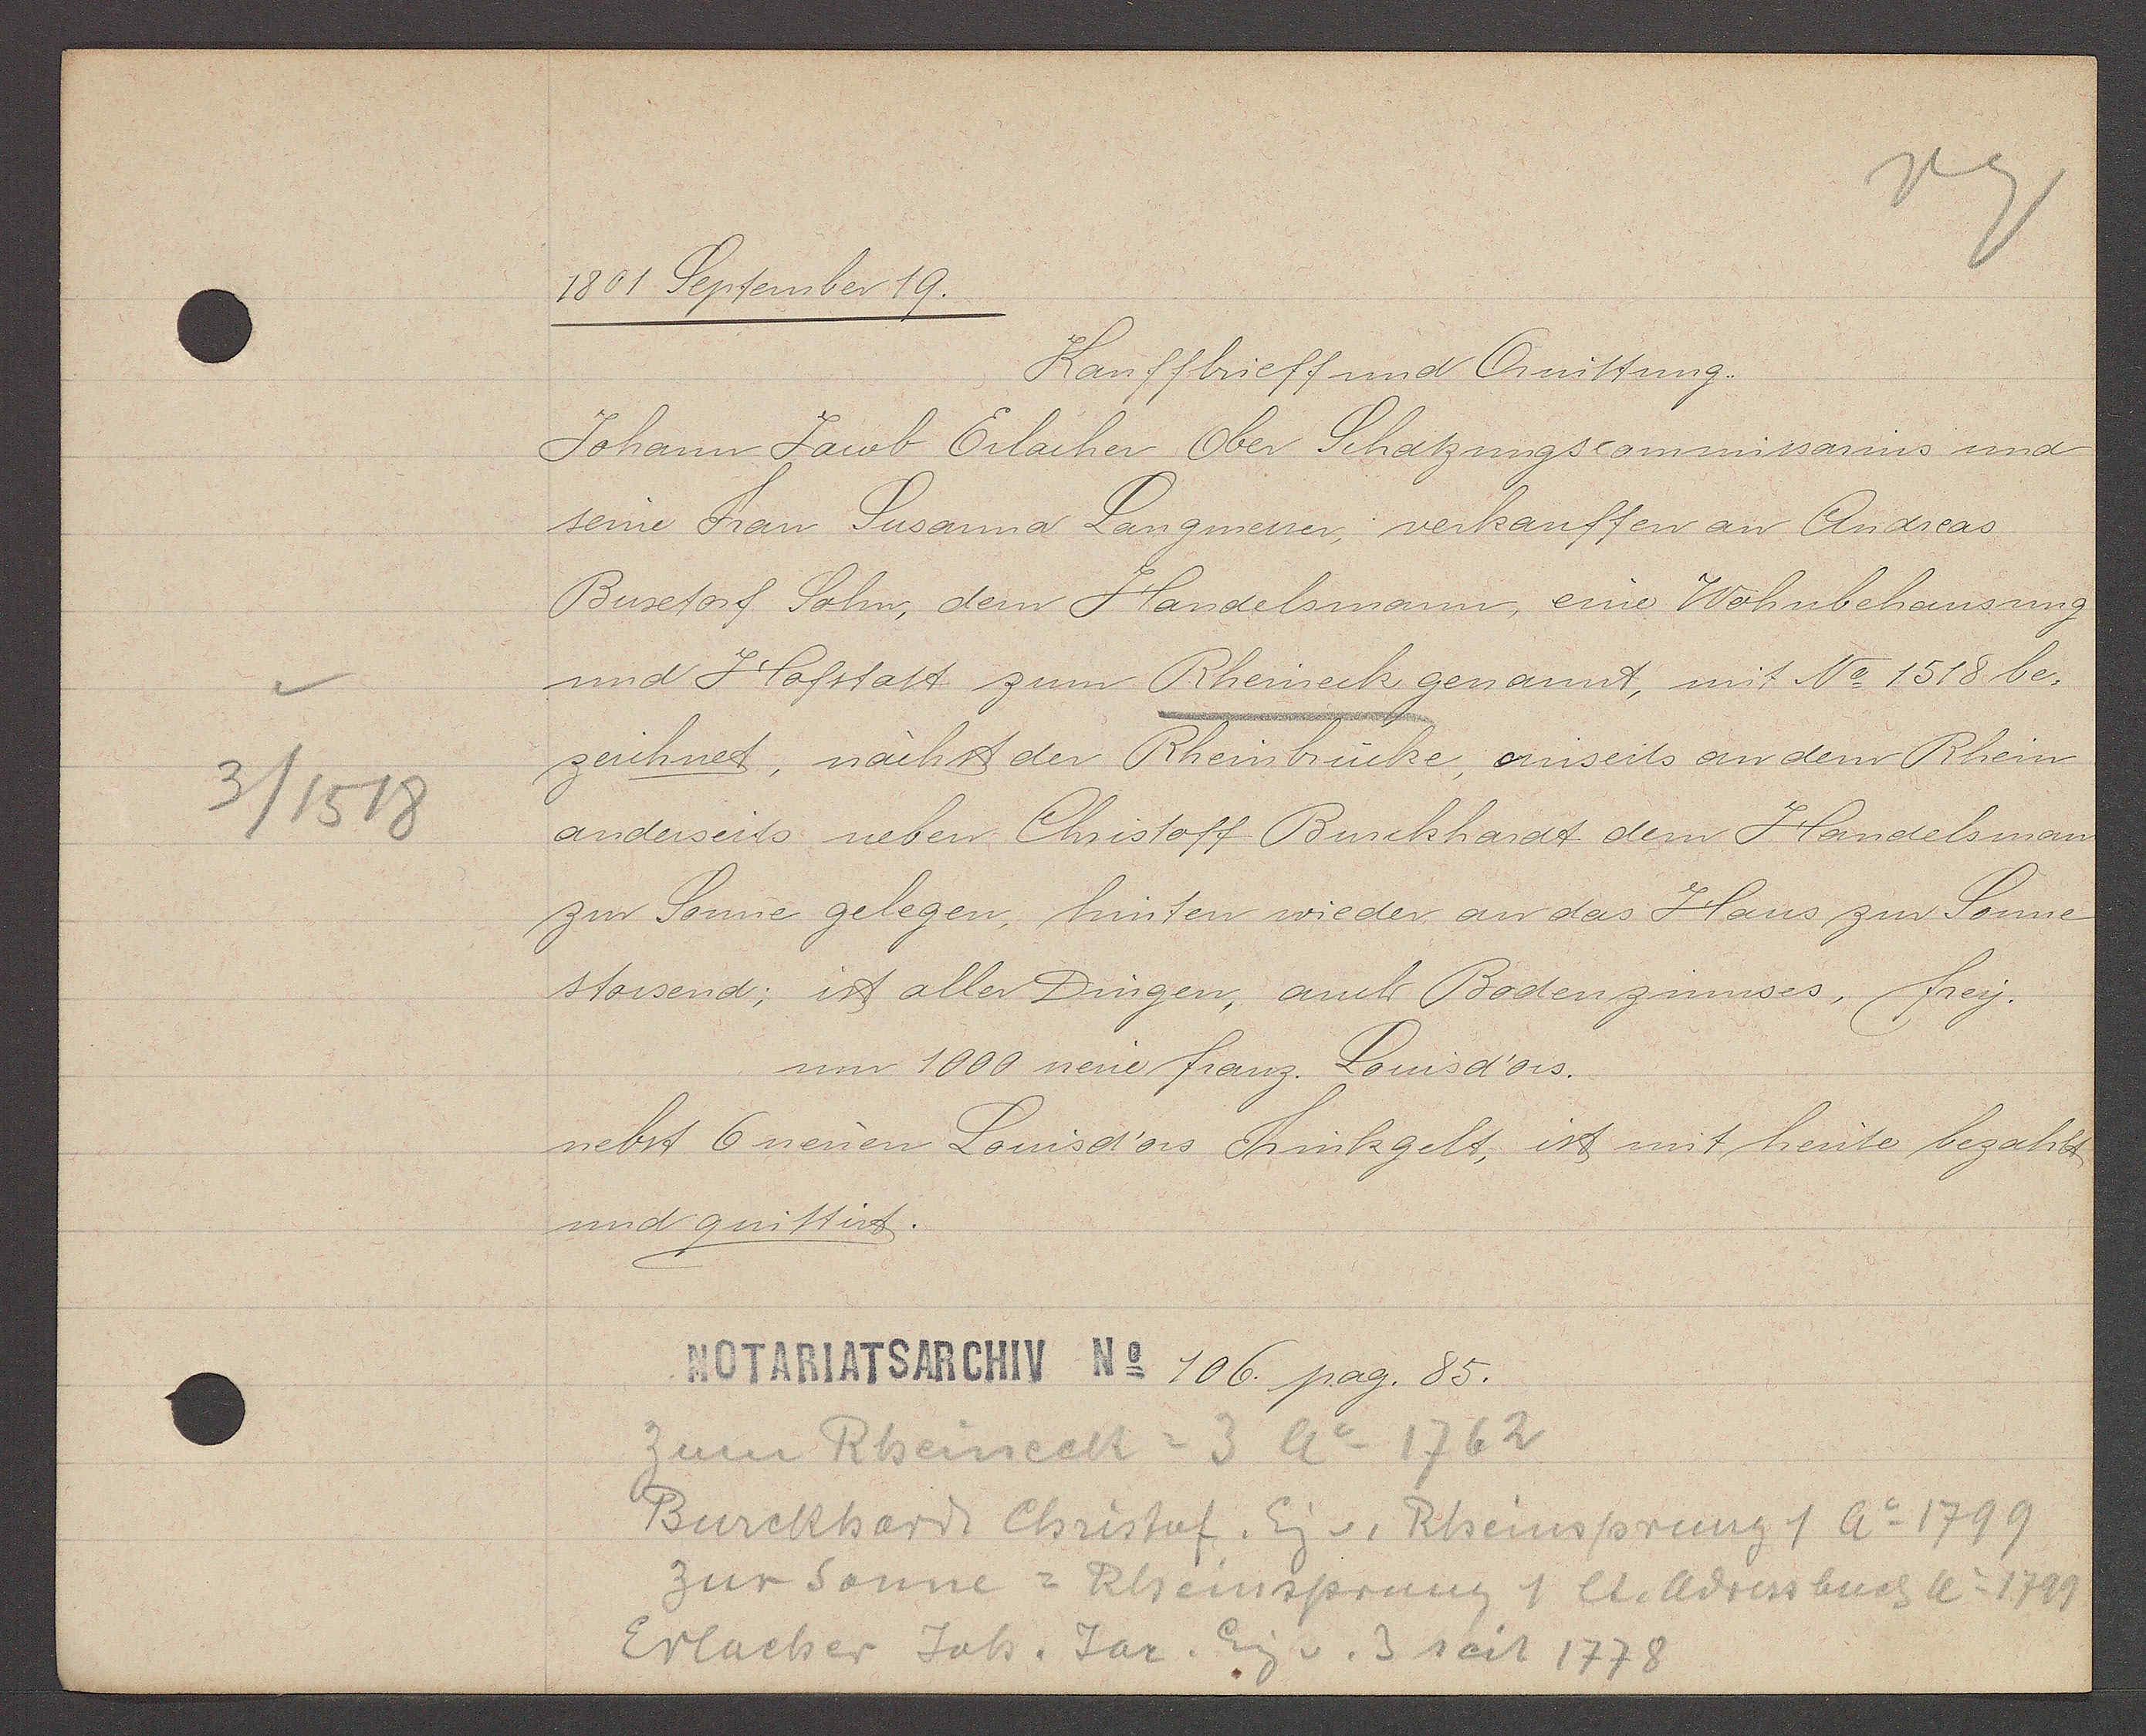
Transcript:
3/ 1518

1801 September 19.

Kauffbrieff und Quittung..
Johann Jacob Erlacher Ober Schatzungscommissarius und
seine Frau Susanna Langmesser verkauffen an Andreas
Buxtorf Sohn, dem Handelsmann eine Wohnbehausung
und Hofstatt zum Rheineck genannt, mit No 1518 be-
zeichnet, nächst der Rheinbrücke, einseits an dem Rhein
anderseits neben Christoff Burckhardt dem Handelsman
zur Sonne gelegen, hinten wieder an das Haus zur Sonne
stossend; ist aller Dingen, auch Bodenzinnses, frey.
um 1000 neüe franz. Louisd'ors.
nebst 6 neuen Louisd'ors Trinkgelt, ist mit heute bezahlt
und quittirt

Notariatsarchiv No. 106. pag. 85.

Zum Rheineck = 3 Ao 1762
Burckhardt Christof. Eig v. Rheinsprung 1 Ao 1799
Zur Sonne = Rheinsprung 1 lt. Adressbuch Ao 1799
Erlacher Joh. Jac. Eig
v. 3 seit 1778